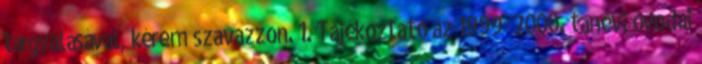
tárgyalásával, kérem szavazzon. 1. Tájékoztató az 1999 2000. tanévi óvodai